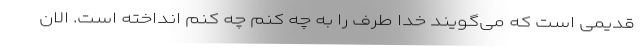
قدیمی است که می‌گویند خدا طرف را به چه کنم چه کنم انداخته است. الان